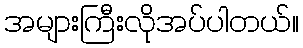
အများကြီးလိုအပ်ပါတယ်။